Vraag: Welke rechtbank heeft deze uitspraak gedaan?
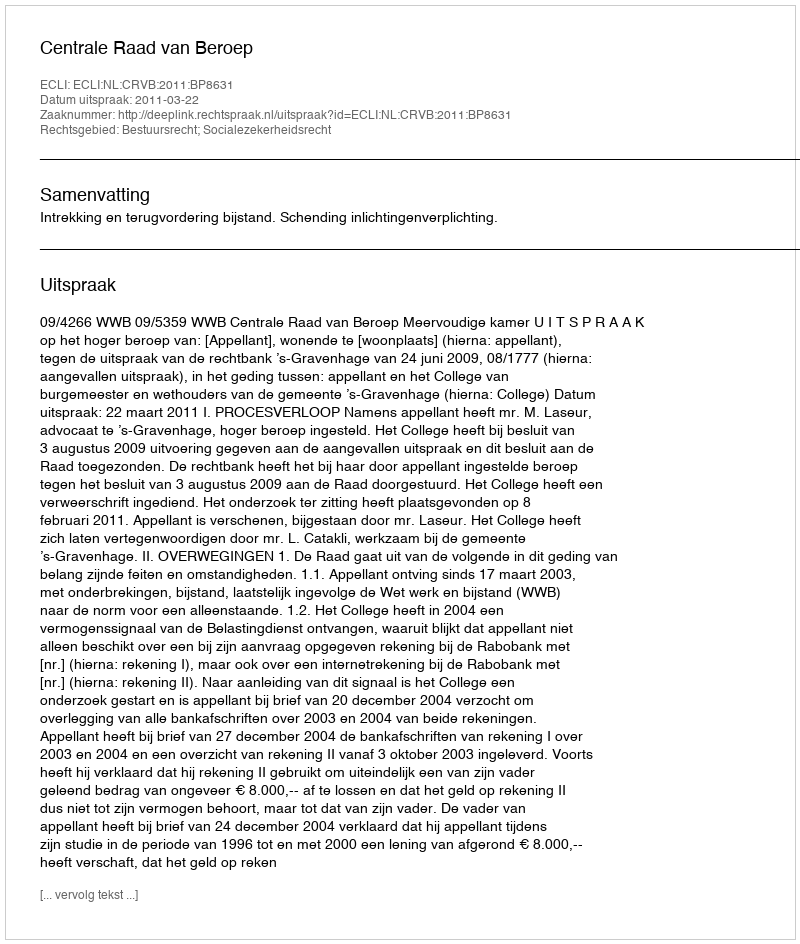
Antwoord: Centrale Raad van Beroep